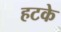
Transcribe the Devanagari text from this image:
हटके